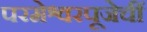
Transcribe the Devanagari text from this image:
परमेश्वरपूजेचीं